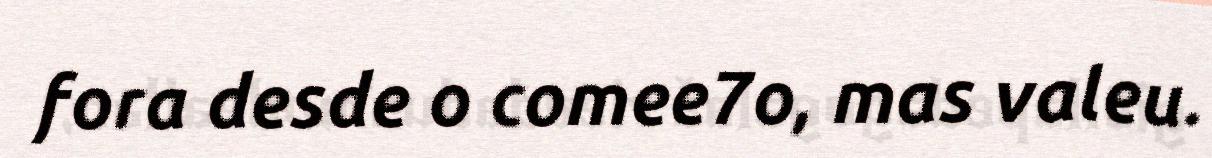
fora desde o comee7o, mas valeu.